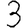
Digit: 3